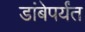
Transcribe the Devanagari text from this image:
डांबेपर्यंत